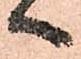
へ